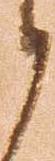
候